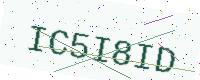
Text: IC5I8ID